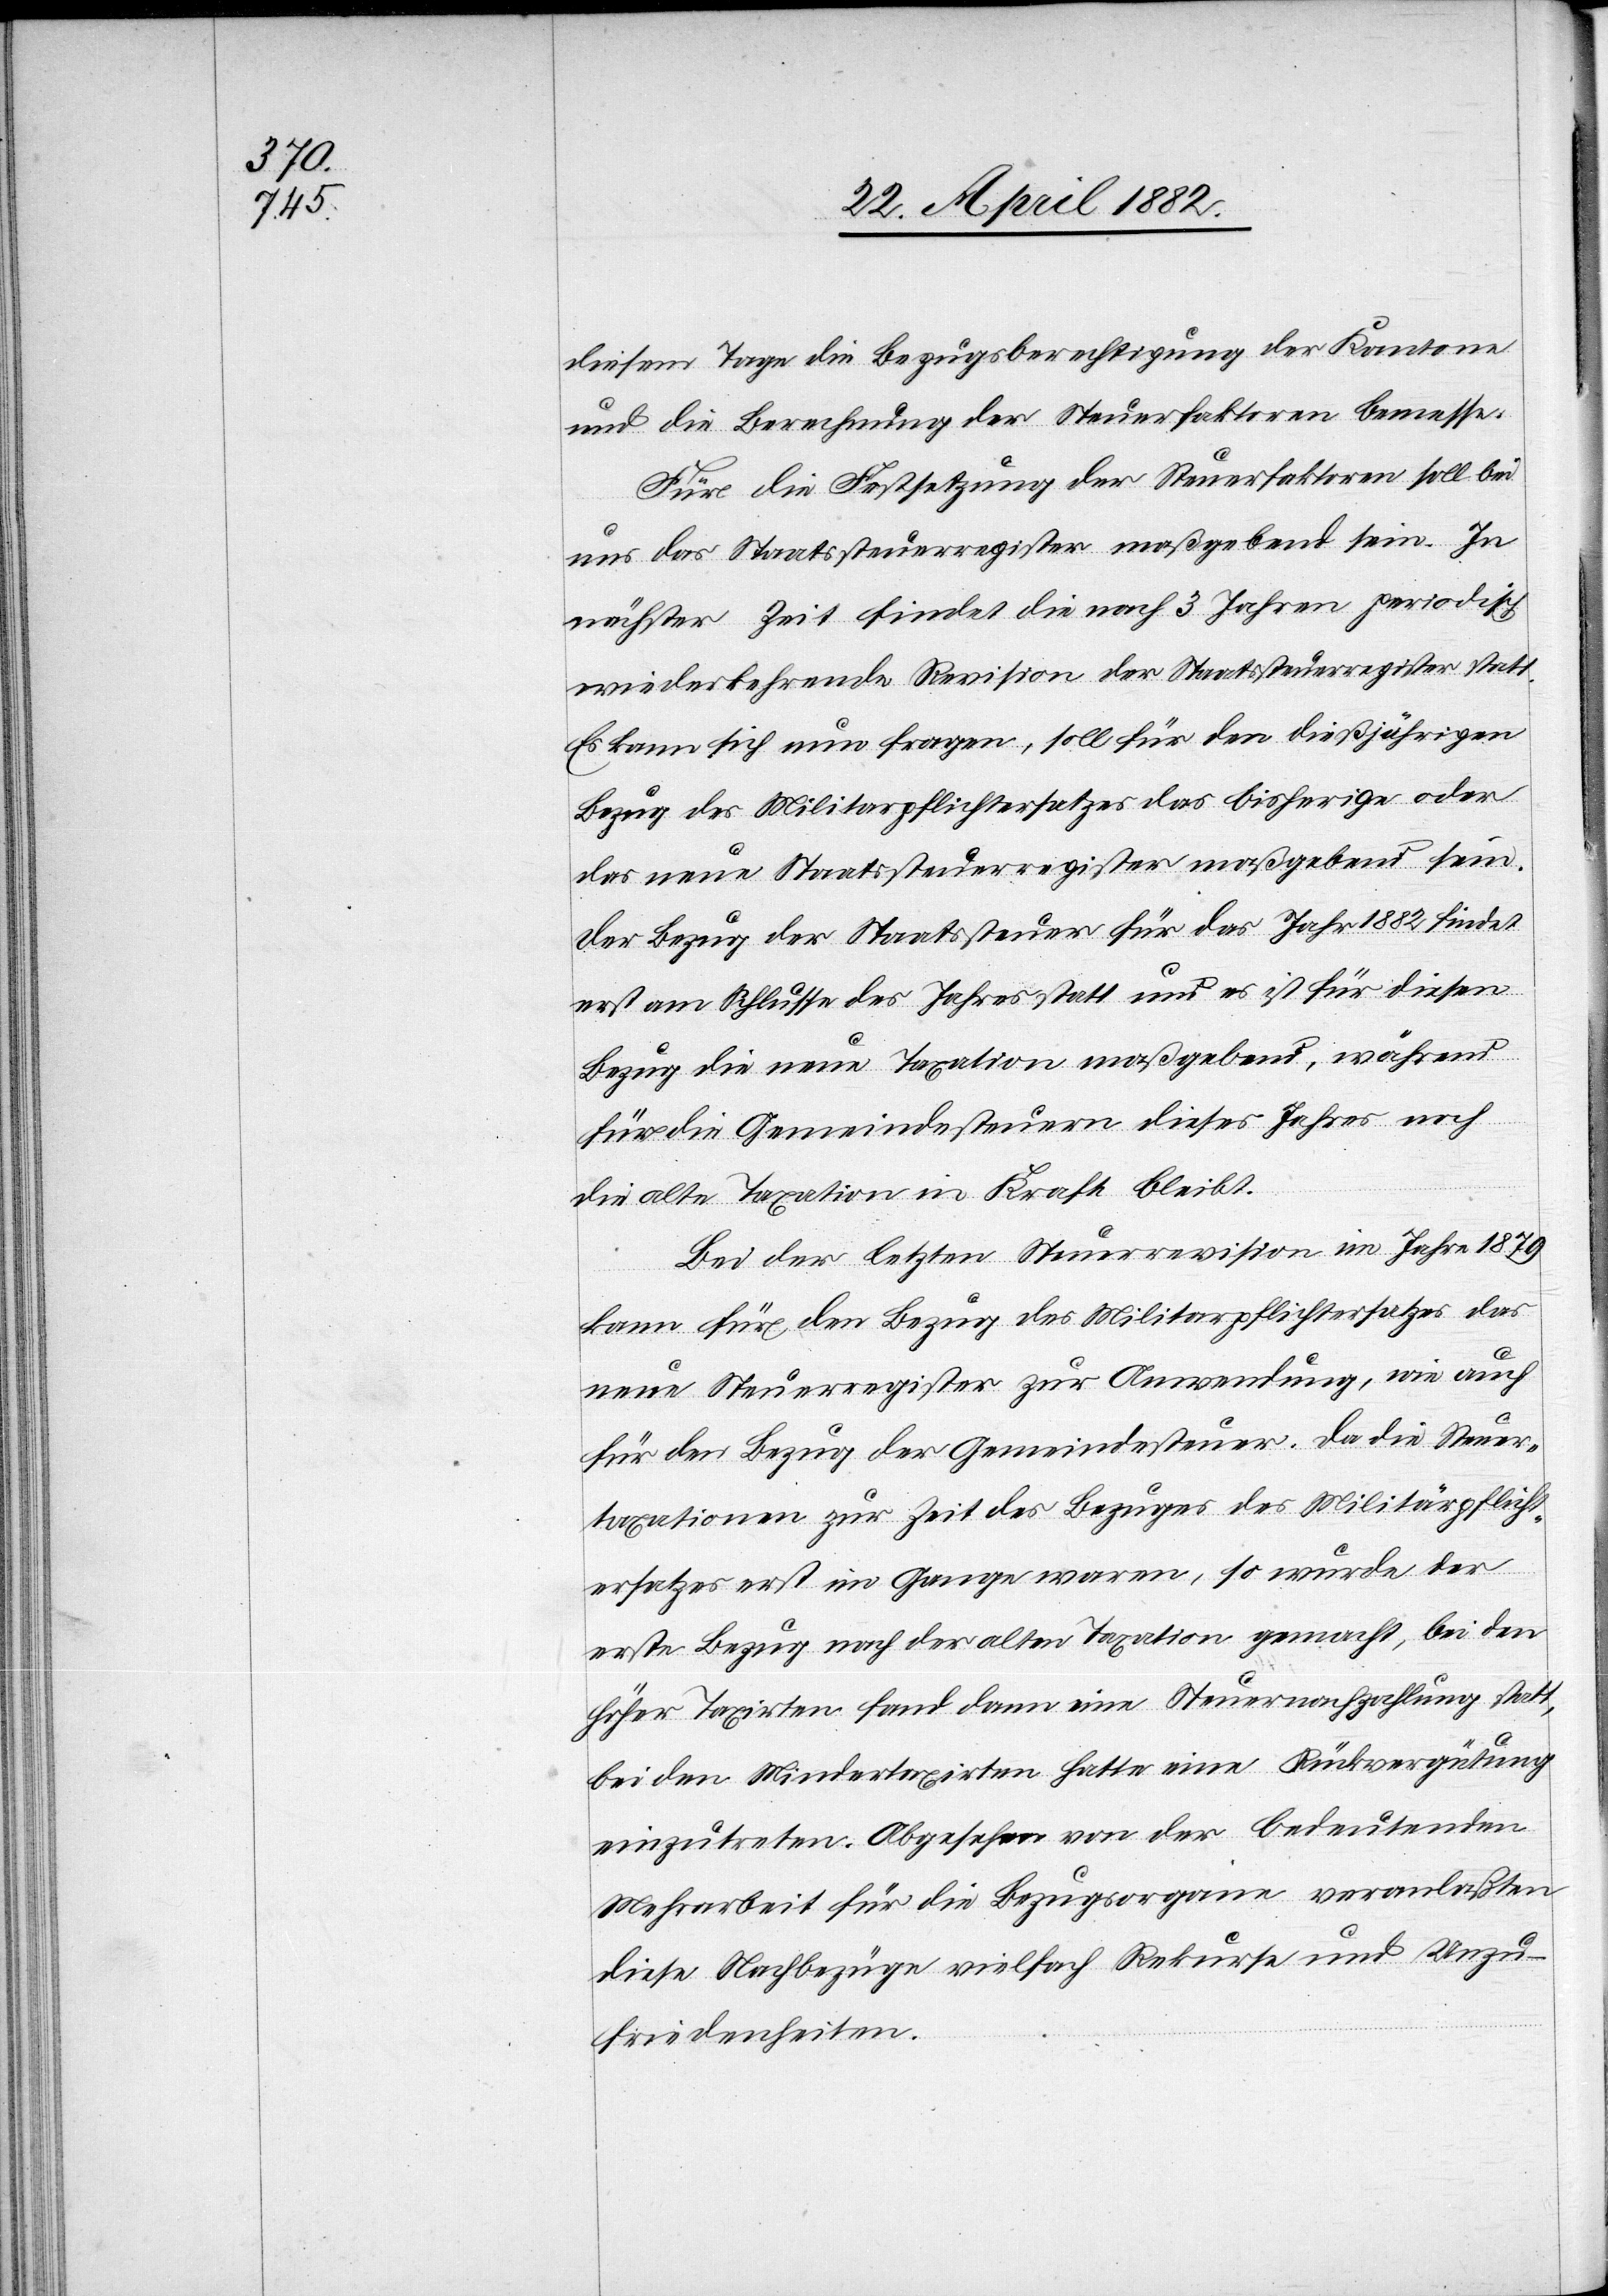
diesem Tage die Bezugsberechtigung der Kantone
und die Berechnung der Steuerfaktoren berechne.
Für die Festsetzung der Steuerfaktoren soll bei
uns das Staatssteuerregister maßgebend sein. In
nächster Zeit findet die nach 3 Jahren periodisch
wiederkehrende Revision der Staatssteuerregister statt.
Es kann sich nun fragen, soll für den dießjährigen
Bezug des Militärpflichtersatzes das bisherige oder
das neue Staatssteuerregister maßgebend sein.
Der Bezug der Staatssteuer für das Jahr 1882 findet
erst am Schlusse des Jahres statt und es ist für diesen
Bezug die neue Taxation maßgebend, während
für die Gemeindesteuern dieses Jahres noch
die alte Taxation in Kraft bleibt.
Bei der letzten Steuerrevision im Jahre 1879
kam für den Bezug des Militärpflichtersatzes das
neue Steuerregister zur Anwendung, wie auch
für den Bezug der Gemeindesteuer. Da die Steuer¬
taxationen zur Zeit des Bezuges des Militärpflicht¬
ersatzes erst im Gange waren, so wurde der
erste Bezug nach der alten Taxation gemacht, bei den
höher Taxirten fand dann eine Steuernachzahlung statt,
bei den Mindertaxirten hatte eine Rückvergütung
einzutreten. Abgesehen von der bedeutenden
Mehrarbeit für die Bezugsorgane veranlaßten
diese Nachbezüge vielfach Rekurse und Unzu¬
friedenheiten.